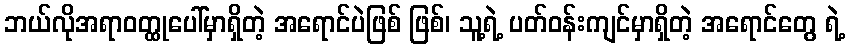
ဘယ်လိုအရာဝတ္ထုပေါ်မှာရှိတဲ့ အရောင်ပဲဖြစ် ဖြစ်၊ သူ့ရဲ့ ပတ်ဝန်းကျင်မှာရှိတဲ့ အရောင်တွေ ရဲ့